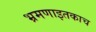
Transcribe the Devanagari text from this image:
भ्रमणाइतकाच